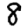
Digit: 8